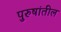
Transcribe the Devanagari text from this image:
पुरुषांतील